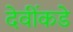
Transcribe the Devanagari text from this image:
देवींकडे